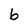
Character: 6